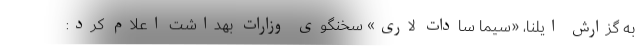
به گزارش ایلنا، «سیما سادات لاری» سخنگوی وزارات بهداشت اعلام کرد: